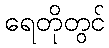
ရေတိုတွင်